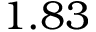
1 . 8 3